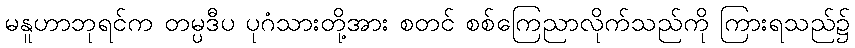
မနူဟာဘုရင်က တမ္ပဒီပ ပုဂံသားတို့အား စတင် စစ်ကြေညာလိုက်သည်ကို ကြားရသည်၌